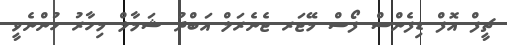
ޗީފް އޮފް ޑިފެންސް ފޯސް މޭޖަރ ޖެނެރަލް އަބްދު ޝަމާލް މިހާރު ހުންނެވީ